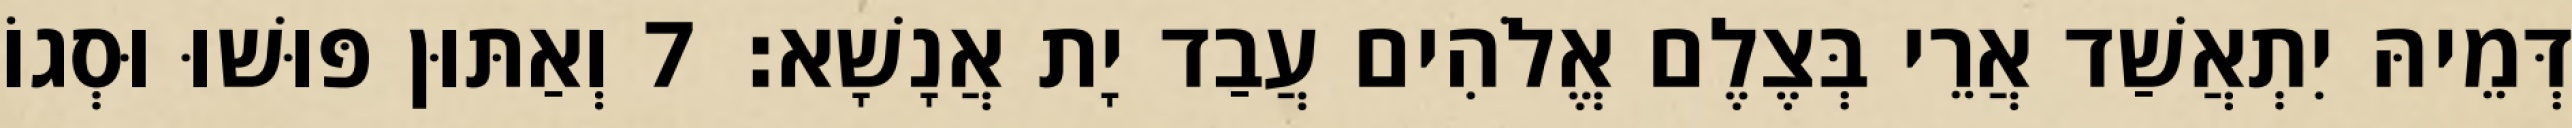
דְּמֵיהּ יִתְאֲשַׁד אֲרֵי בְּצֶלֶם אֱלֹהִים עֲבַד יָת אֲנָשָׁא׃ 7 וְאַתּוּן פּוּשׁוּ וּסְגוֹ